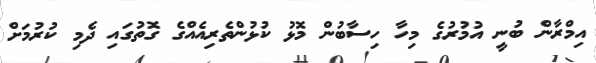
އިމްރާން ބުނީ އުމުރުގެ މިހާ ހިސާބުން މޮޅު ކުޅުންތެރިއެއްގެ ގޮތުގައި ދެމި ކުރުމަށް